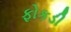
ફોકડી